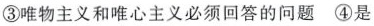
③唯物主义和唯心主义必须回答的问题④是